Annual report on the health of the army in India
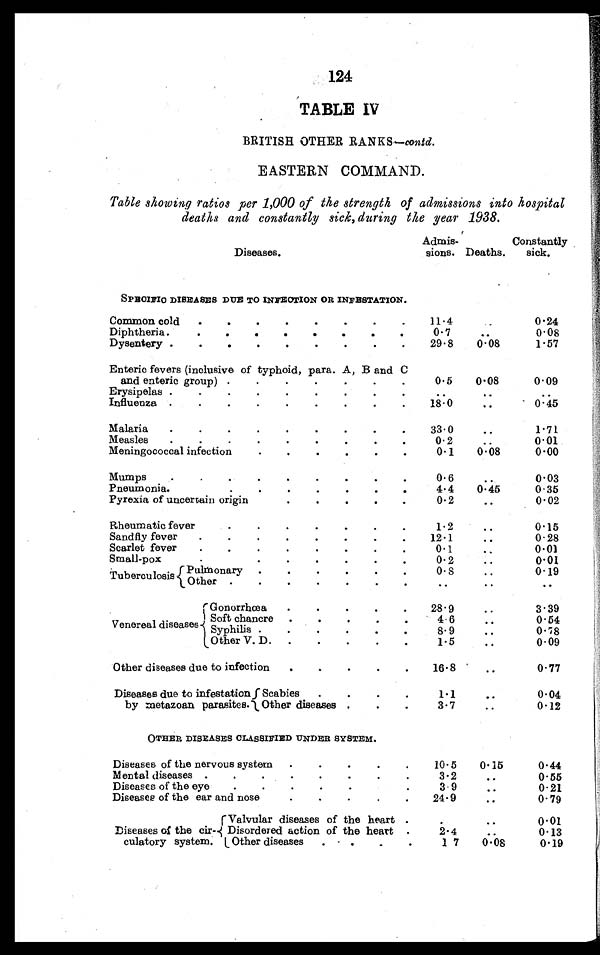
124
TABLE IV
BRITISH OTHER RANKS— contd.
EASTERN COMMAND.
Table showing ratios per 1,000 of the strength of admissions into hospital
deaths and constantly sick, during the year 1938.
D i s e a s e s .
Admis-
sions. Deaths.
Constantly
sick.
SPECIFIC DISEASES DUE TO INFECTION OR INFESTATION.
Common cold . . .
11.4
. . .
0.24
Diphtheria . . .
0 . 7
. . .
0.08
Dysentery . . .
29.8
0.08
1.57
Enteric fevers (inclusive of typhoid, para. A, B and C
and enteric group) . . .
0.5
0.08
0.09
. . .
.
Erysipelas . . .
. . .
. . .
Influenza . . .
18.0
. . .
0.45
Malaria . . .
33.0
. . .
1.71
Measles
0.2
. . .
0.01
Meningococcal infection . . .
0.1
0.08
0.00
Mumps . . .
0.6
. . .
0.03
Pneumonia . . .
4.4
0.45
0.35
Pyrexia of uncertain origin
0.2
. . .
0.02
Rheumatic fever
1.2
. . .
0.15
Sandfly fever . . .
12.1
. . .
0.28
Scarlet fever . . .
0.1
. . .
0.01
Small-pox. . .
0.2
. . .
0.01
Tuberculosis
Pulmonary . . .
0.8
. . .
0.19
Other .
. .
. . .
. . .
. . .
Gonorrhœa . . .
28.9
. . .
3.39
Venereal diseases
Soft chancre . . .
4.6
. . .
0.54
•
Syphilis . . .
8.9
. . .
0 .78
Other V. D. . . .
1.5
. . .
0.09
Other diseases due to infection
. . .
16.8
. . .
0.77
Diseases due to infestation
by metazoan parasites
Scabies . . .
1.1
. . .
0.04
Other diseases . . .
3.7
. . .
0.12
OTHER DISEASES CLASSIFIED UNDER SYSTEM.
Diseases of the nervous system . . .
10.5
0.15
0.44
Mental diseases . . .
3.2
. . .
0.55
Diseases of the eye
. . .
3.9
. . .
0.21
Diseases of the ear and nose
. . .
24.9
. . .
0.79
Diseases of the cir-
culatory system.
Valvular diseases of the heart . . .
. . .
. . .
0.01
Disordered action of the heart . . .
2.4
. . .
0.13
Other diseases . . .
1 .7
0.08
0.19